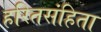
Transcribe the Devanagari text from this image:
हरितसंहिता